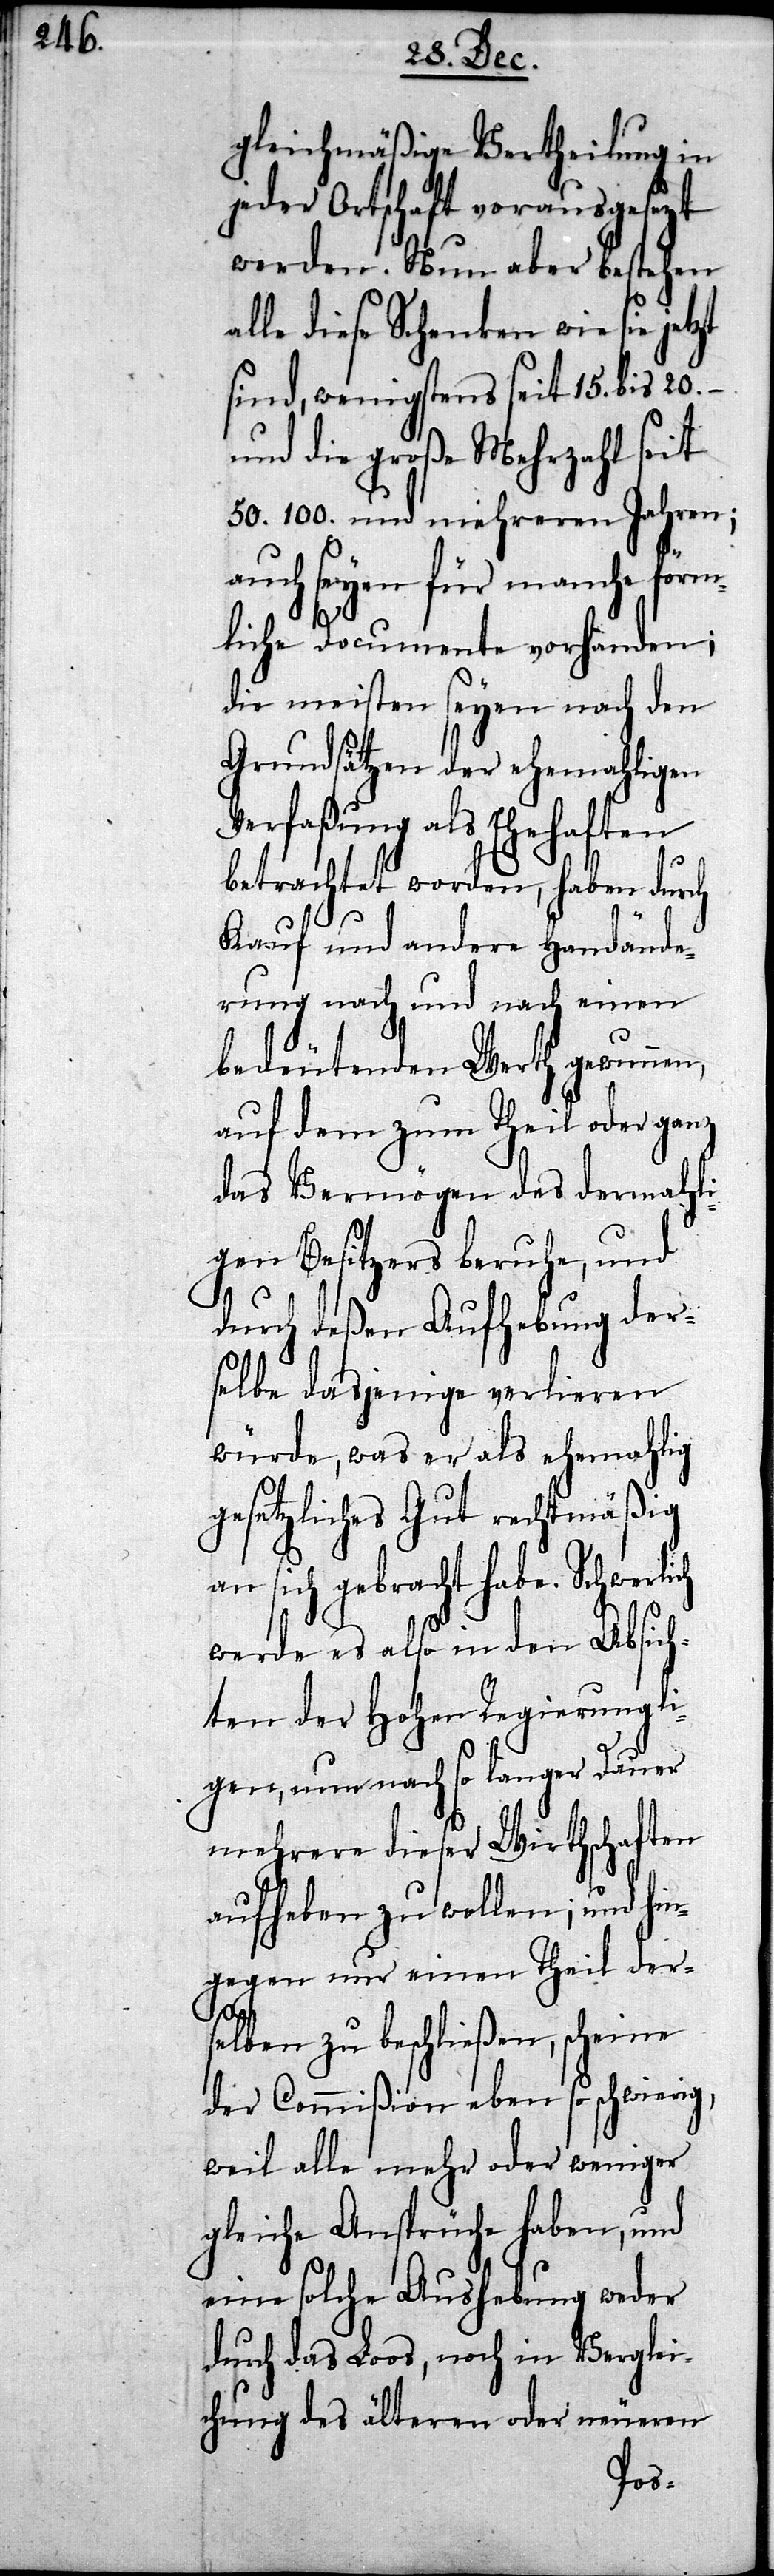
gleichmäßige Vertheilung in
der Ortschaft vorausgesezt
werden. Nun aber bestehen
lle diese Schenken wie sie
sind, wenigstens seit 15. bis 20.
und die große Mehrzahl seit
50. 100. und mehreren Jahren;
auch seyen für manche förm¬
liche Documente vorhanden;
die meisten seyen nach den
Grundsätzen der ehemahligen
Verfaßung als Ehehaften
betrachtet worden, haben durch
Kauf und andere Handände¬
rung nach und nach einen
bedeutenderen Werth gewonnen,
auf dem zum Theil oder ganz
das Vermögen des dermahli¬
gen Besitzers beruhe, und
durch deßen Aufhebung der¬
selbe dasjenige verlieren
würde, was er als ehemahlig
gesetzliches Gut rechtmäßig
an sich gebracht habe. Schwerl¬
werde es also in den Absich¬
ten der Hohen Regierung li¬
gen, nun nach so langer Dauer
mehrere dieser Wirthschaften
aufheben zu wollen; und hin¬
gegen nur einen Theil der¬
selben zu beschließen, scheine
der Commißion eben so schwierig,
weil alle mehr oder weniger
gleiche Ansprüche haben, und
eine solche Aushebung weder
durch das Loos, noch in Verglei¬
chung des älteren oder neueren
ich